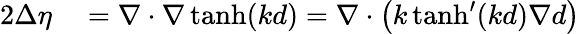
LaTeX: \begin{array}{rl}{2\Delta\eta}&{{}=\nabla\cdot\nabla\operatorname{tanh}(kd)=\nabla\cdot\big(k\operatorname{tanh}^{\prime}(kd)\nabla d\big)}\end{array}